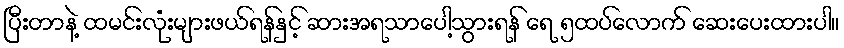
ပြီးတာနဲ့ ထမင်းလုံးများဖယ်ရန်နှင့် ဆားအရသာပေါ့သွားရန် ရေ ၅ထပ်လောက် ဆေးပေးထားပါ။